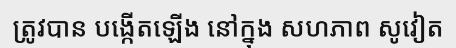
ត្រូវបាន បង្កើតឡើង នៅក្នុង សហភាព សូវៀត